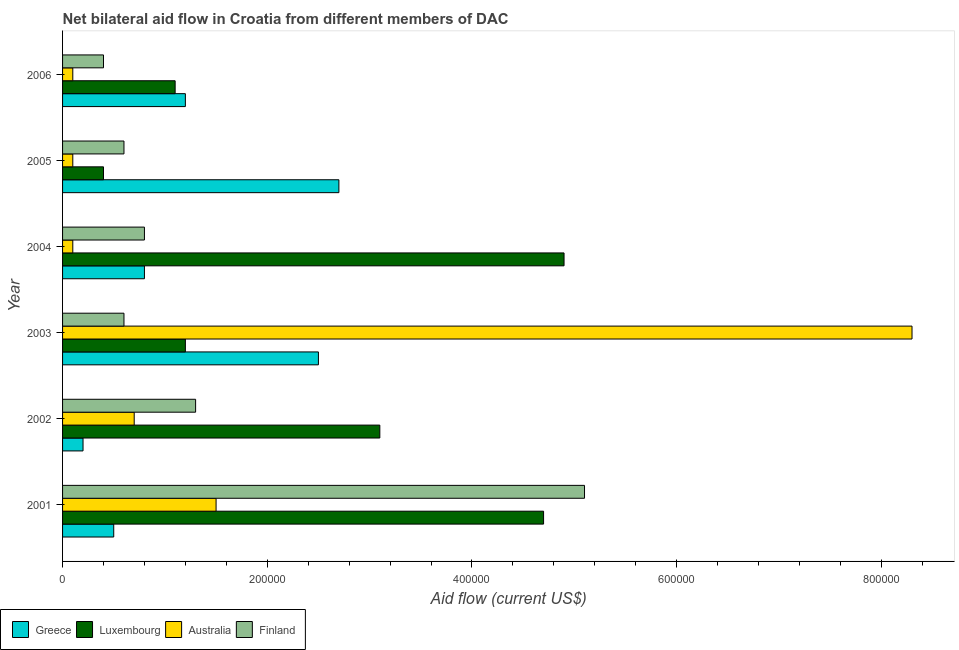
| Year | Greece | Luxembourg | Australia | Finland |
 | --- | --- | --- | --- | --- |
 | 2001 | 5e+04 | 4.7e+05 | 1.5e+05 | 5.1e+05 |
 | 2002 | 2e+04 | 3.1e+05 | 7e+04 | 1.3e+05 |
 | 2003 | 2.5e+05 | 1.2e+05 | 8.3e+05 | 6e+04 |
 | 2004 | 8e+04 | 4.9e+05 | 1e+04 | 8e+04 |
 | 2005 | 2.7e+05 | 4e+04 | 1e+04 | 6e+04 |
 | 2006 | 1.2e+05 | 1.1e+05 | 1e+04 | 4e+04 |